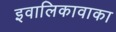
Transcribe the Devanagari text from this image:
इवालिकावाका